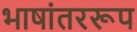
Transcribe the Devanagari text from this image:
भाषांतररूप